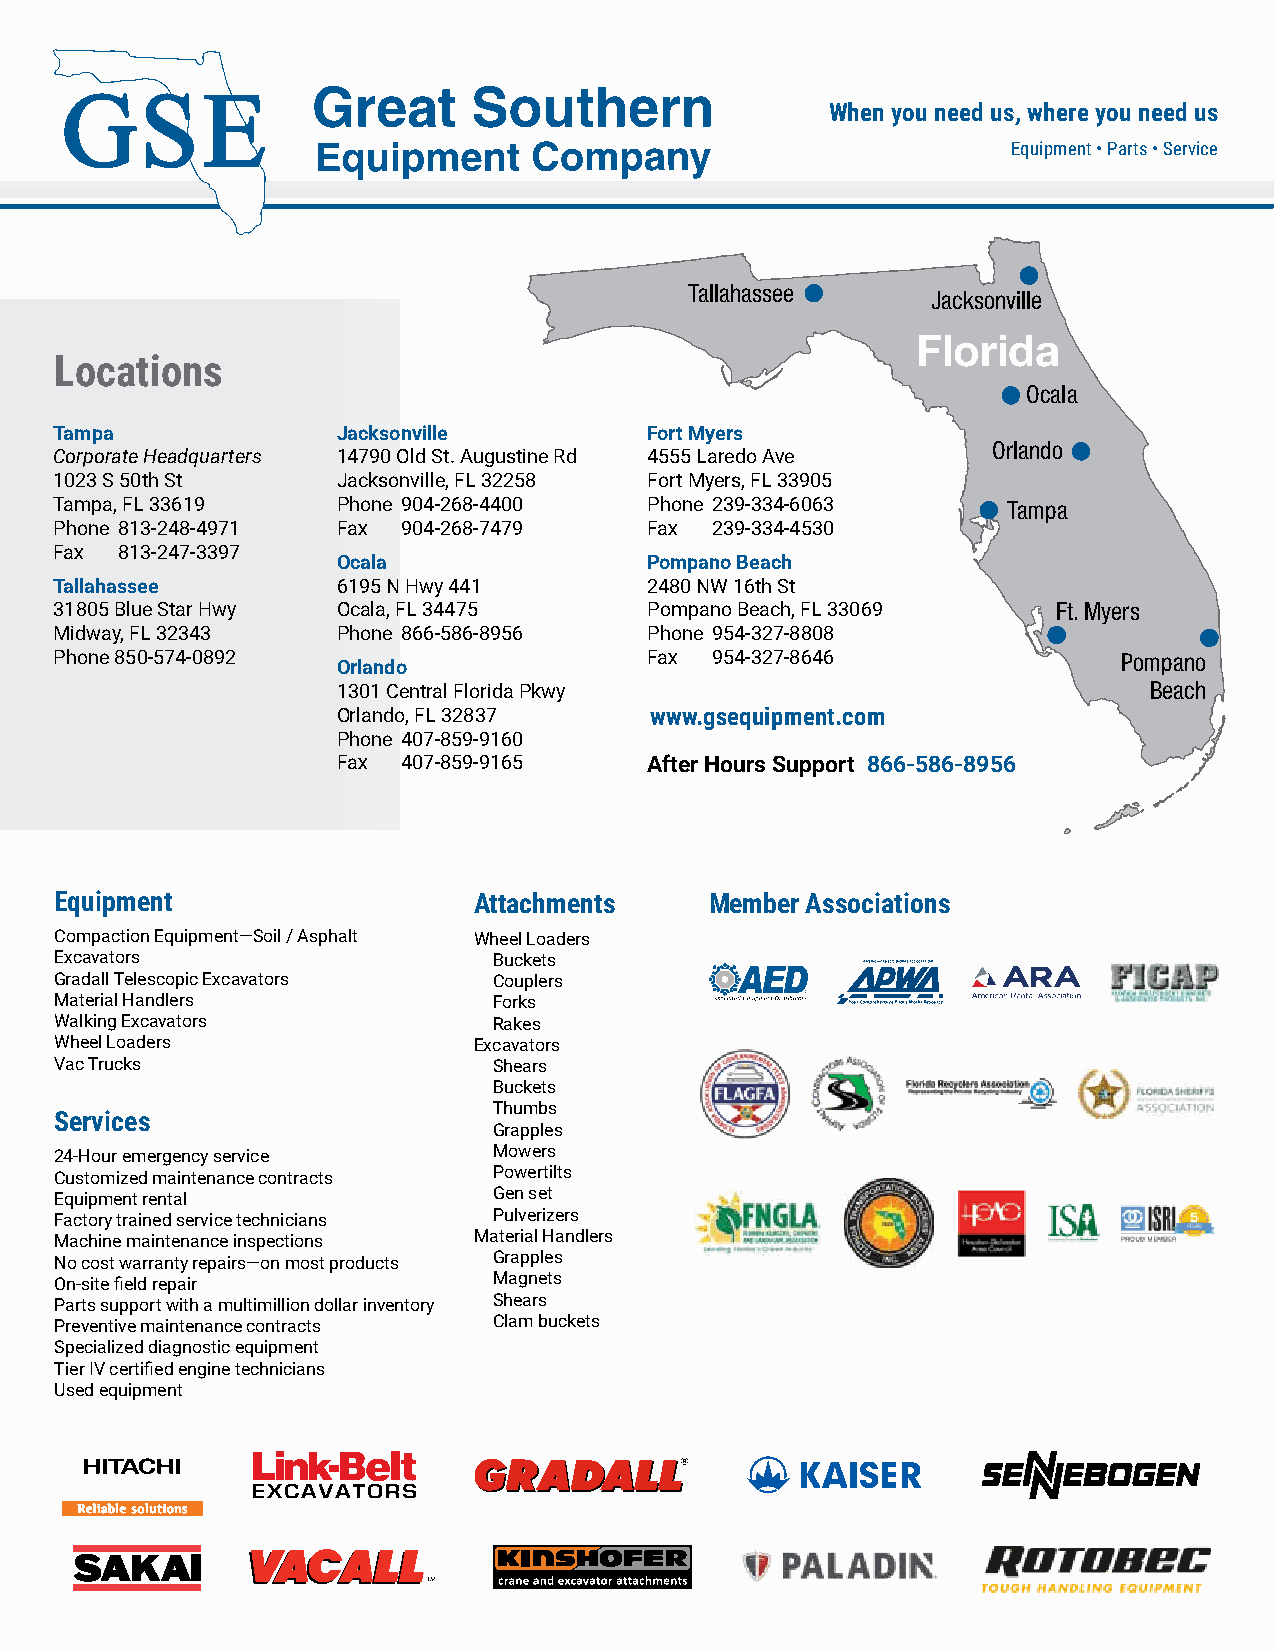
When you need us, where you need us
 Equipment • Parts • Service
 Tallahassee
 Jacksonville
 Florida
 Locations
 Ocala
 Tampa             Jacksonville         Fort Myers
 Orlando
 Corporate Headquarters 14790 Old St. Augustine Rd 4555 Laredo Ave
 1023 S 50th St    Jacksonville, FL 32258 Fort Myers, FL 33905
 Tampa, FL 33619   Phone 904-268-4400   Phone 239-334-6063      Tampa
 Phone 813-248-4971 Fax 904-268-7479    Fax 239-334-4530
 Fax 813-247-3397
 Ocala                Pompano Beach
 Tallahassee       6195 N Hwy 441       2480 NW 16th St
 31805 Blue Star Hwy Ocala, FL 34475    Pompano Beach, FL 33069    Ft. Myers
 Midway, FL 32343  Phone 866-586-8956   Phone 954-327-8808
 Phone 850-574-0892                     Fax 954-327-8646               Pompano
 Orlando
 1301 Central Florida Pkwy                             Beach
 Orlando, FL 32837    www.gsequipment.com
 Phone 407-859-9160
 Fax  407-859-9165    After Hours Support 866-586-8956
 Equipment                  Attachments     Member Associations
 Compaction Equipment—Soil / Asphalt Wheel Loaders
 Excavators                   Buckets
 Gradall Telescopic Excavators Couplers
 Material Handlers            Forks
 Walking Excavators           Rakes
 Wheel Loaders              Excavators
 Vac Trucks                   Shears
 Buckets
 Thumbs
 Services
 Grapples
 24-Hour emergency service    Mowers
 Customized maintenance contracts Powertilts
 Equipment rental             Gen set
 Factory trained service technicians Pulverizers
 Machine maintenance inspections Material Handlers
 No cost warranty repairs—on most products Grapples
 On-site field repair         Magnets
 Parts support with a multimillion dollar inventory Shears
 Preventive maintenance contracts Clam buckets
 Specialized diagnostic equipment
 Tier IV certified engine technicians
 Used equipment